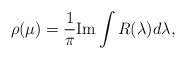
\begin{align*}\rho (\mu ) = \frac{1}{\pi} {\rm Im} \int R(\lambda ) d\lambda ,\end{align*}